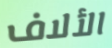
الألاف